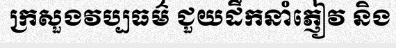
ក្រសួងវប្បធម៌ ជួយដឹកនាំភ្ញៀវ និង